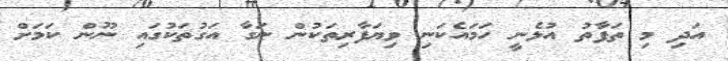
އަދި މި ތަފާތު އުޅެނީ ހަމައެކަނި ވިޔަފާރިތަކުން ނަގާ އަގުތަކުގައި ނޫން ކަމަށް